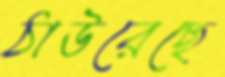
ঠাউরেছে